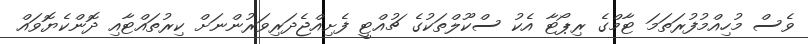
ވެސް މުހިއްމުފުރަތަމަ ޓާމްގެ ރިޕޯޓާ އެކު ސްކޫލްތަކުގެ ޗުއްޓީ ފެށިއްޖެދަރިވަރުންނަށް ކިރުތައްޓާއި ދޮންކެޔޮވައް